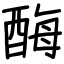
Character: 酶